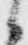
候